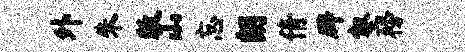
外朱敕山忘朗倩辟壑榜